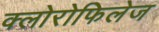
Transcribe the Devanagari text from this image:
क्लोरोफिलेज